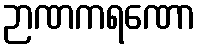
ဉာဏကရဏော